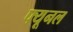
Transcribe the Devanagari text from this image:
फ्यूनल